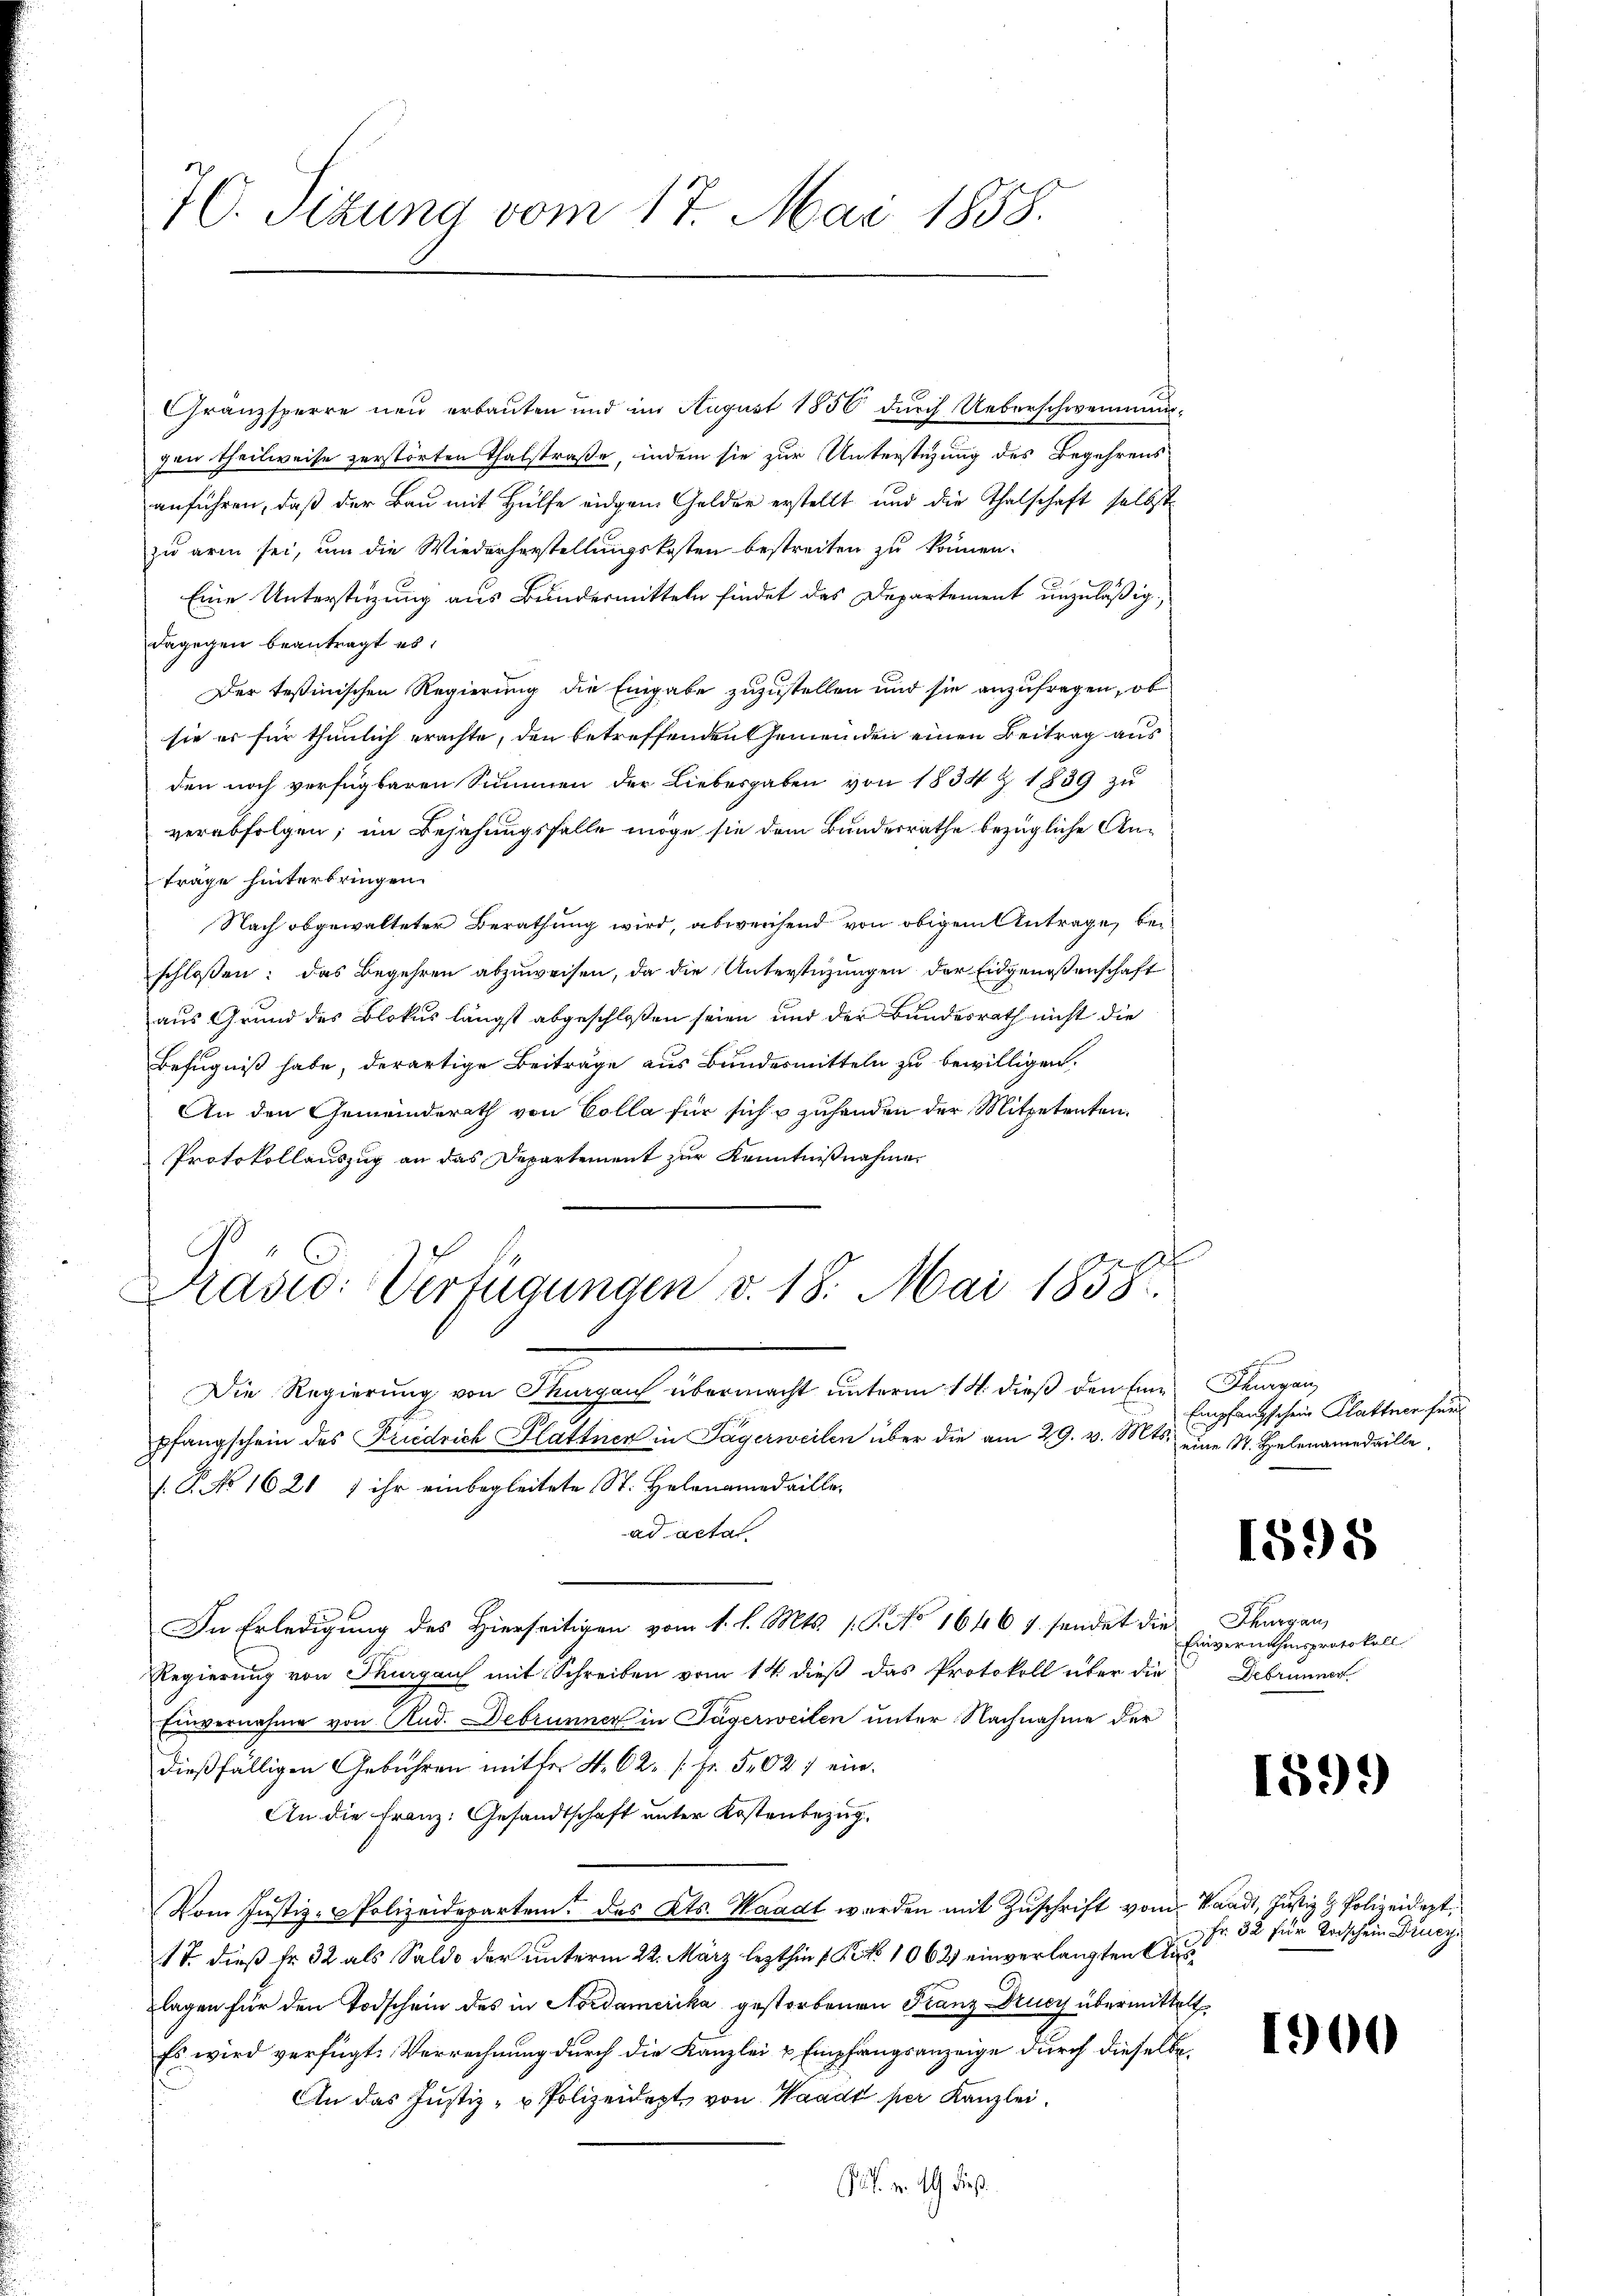
70. Sizung vom 17. Mai 1858.

schloßen: das Begehren abzuweisen, da die Unterstüzungen der Eidgenossenschaft
aus Grund des Blokus längst abgeschloßen seien und der Bundesrath nicht die
Befugniß habe, derartige Beiträge aus Bundesmitteln zu bewilligen.
An den Gemeinderath von Colla für sich & zuhanden der Mitpetenten.
Protokollauszug an das Departement zur Kenntnißnahme
Pravio: Verfügungen v. 18. Mai 1858.
Die Regierung von Thurgau übermacht unterm 15. dieß den Einpfangschein des Friedrich Plattner in Tägerweilen über die am 29. v. Mts. eine St. Helenamedaille,
/. P. No 1621 7 ihr einbegleitete St. Helenamedaille.
ad acta
In Erledigung des Hierseitigen vom 1. l. Mts. 1. P. No 1646 f. sendet die Thurgan
Regierung von Thurgau mit Schreiben vom 14. dieß das Protokoll über die
Einvernahme von Rud. Debrunner in Tägerweiten unter Nachnahme der
dießfälligen Gebühren mit fr. S. 62.  Fr. 502 ein.
An die Franz: Gesandtschaft unter Kostenbezug.
Vom Justiz-Polizeidepartem des Kts. Waadt werden mit Zuschrift vom Staadt, Justiz & Polizeidert.
17. dieß fr. 32 als Saldo der unterm 22. März lezthin 1 No 1062) einverlangten Auslagen für den Todschein des in Nordamerika gestorbenen Franz Drucy übermittelt
Es wird verfügt. Verrechnung durch die Kanzlei & Empfangsanzeige durch dieselbe
An das Justiz- u Polizeidept, von Waadt per Kanzlei
u. v. 14. dieß

Granzsperre neu erbauten und im August 1856 durch Ueberschwemmungen theilweise zerstörten Thalstraße, indem sie zur Unterstüzung des Begehrens
anführen, daß der Bau mit Hülfe eidgen Gelder erstellt und die Thalschaft selbst
zu arm sei, um die Wiederherstellungskosten bestreiten zu können.
Eine Unterstüzung aus Bundermitteln findet das Departement unzuläßig.
dagegen beantragt es,
Der Teßinischen Regierung die Eingabe zuzustellen und sie anzufragen, ob
sie es für thunlich erachte, den betreffenden Gemeinden einen Beitrag aus
den noch verfügbaren Summen der Liebesgaben von 1834 Z. 1889 zu
verabfolgen; im Bejahungsfelle möge sie dem Bundesrathe bezügliche Anträge hinterbringen.
Nach obgewalteter Berathung wird, abweichend von obigem Antrage, be¬

Thurgau,
Empfangschein Klattner für

1598

Einvernahmsprotokoll
Debrunner

1599)

Fr. 32 für Tischein Drucz

1900